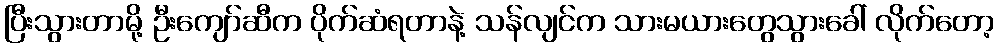
ပြီးသွားတာမို့ ဦးကျော်ဆီက ပိုက်ဆံရတာနဲ့ သန်လျင်က သားမယားတွေသွားခေါ် လိုက်တော့